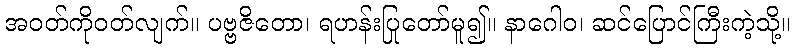
အဝတ်ကိုဝတ်လျက်။ ပဗ္ဗဇိတော၊ ရဟန်းပြုတော်မူ၍။ နာဂေါဝ၊ ဆင်ပြောင်ကြီးကဲ့သို့။